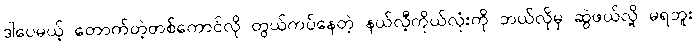
ဒါပေမယ့် တောက်တဲ့တစ်ကောင်လို တွယ်ကပ်နေတဲ့ နယ်လီ့ကိုယ်လုံးကို ဘယ်လိုမှ ဆွဲဖယ်လို့ မရဘူး